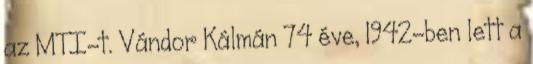
az MTI-t. Vándor Kálmán 74 éve, 1942-ben lett a